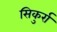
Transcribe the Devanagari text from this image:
सिकुर्रा